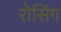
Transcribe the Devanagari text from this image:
रोसिंग